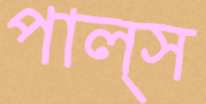
পাল্স